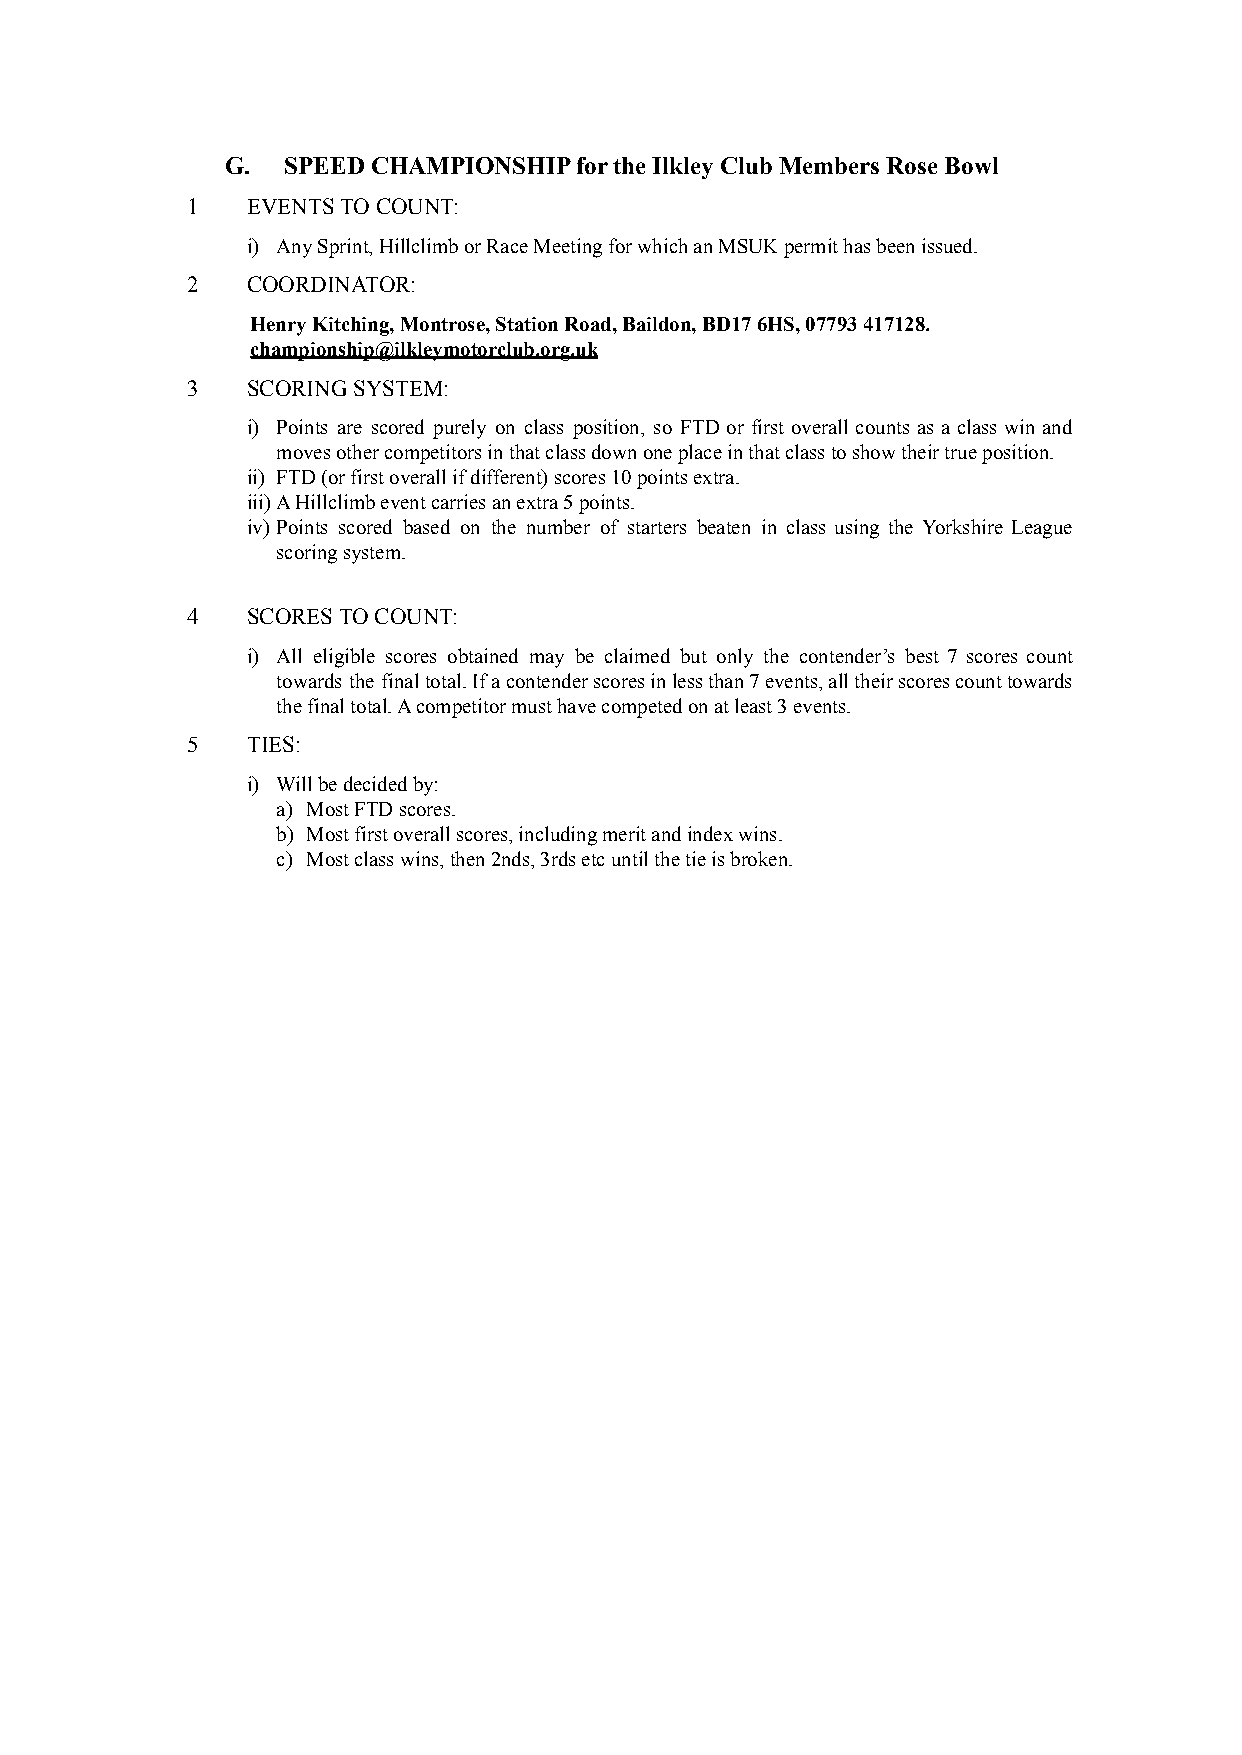
G.  SPEED CHAMPIONSHIP for the Ilkley Club Members Rose Bowl
 1   EVENTS TO COUNT:
 i) Any Sprint, Hillclimb or Race Meeting for which an MSUK permit has been issued.
 2   COORDINATOR:
 Henry Kitching, Montrose, Station Road, Baildon, BD17 6HS, 07793 417128.
 championship@ilkleymotorclub.org.uk
 3   SCORING SYSTEM:
 i) Points are scored purely on class position, so FTD or first overall counts as a class win and
 moves other competitors in that class down one place in that class to show their true position.
 ii) FTD (or first overall if different) scores 10 points extra.
 iii)A Hillclimb event carries an extra 5 points.
 iv) Points scored based on the number of starters beaten in class using the Yorkshire League
 scoring system.
 4   SCORES TO COUNT:
 i) All eligible scores obtained may be claimed but only the contender’s best 7 scores count
 towards the finaltotal.Ifacontenderscoresinlessthan7events,alltheirscorescounttowards
 the final total. A competitor must have competed on at least 3 events.
 5   TIES:
 i) Will be decided by:
 a) Most FTD scores.
 b) Most first overall scores, including merit and index wins.
 c) Most class wins, then 2nds, 3rds etc until the tie is broken.